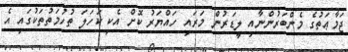
ޖަމާޢަތުގެ މެންބަރުންނާއި ލީޑަރުން މަރައި ހައްޔަރު ކޮށް އެކި ކަހަލަ ތުހުމަތުތަކުގައި އެ